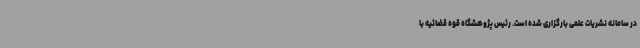
در سامانه نشریات علمی بارگزاری شده است. رئیس پژوهشگاه قوه قضائیه با